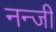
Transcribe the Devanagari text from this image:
नन्जी